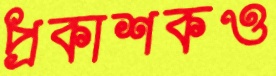
প্রকাশকও